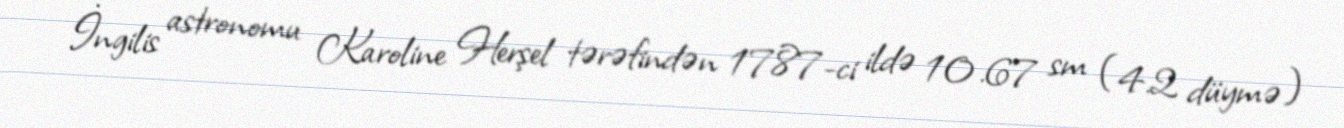
İngilis astronomu Karoline Herşel tərəfindən 1787-ci ildə 10.67 sm (4.2 düymə)